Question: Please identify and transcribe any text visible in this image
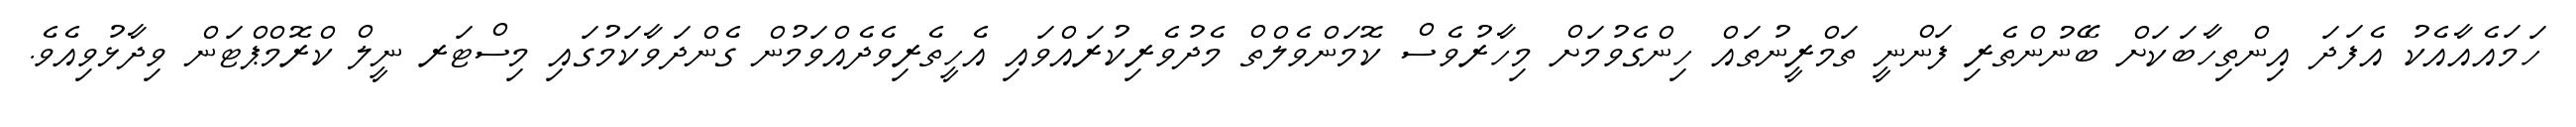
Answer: ހަމައެއާއެކު އެފަދަ އިންތިހާބަކަށް ބޭނުންތެރި ފަންނީ ތަމްރީނުތައް ހިންގެވުމަށް މިހާރުވެސް ކޮމަންވެލްތް މެދުވެރިކުރައްވައި އެހީތެރިވެދެއްވަމުން ގެންދަވާކަމުގައި މިސްޓަރ ނީލް ކްރޮމްޕްޓަން ވިދާޅުވިއެވެ.